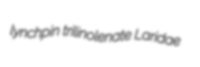
lynchpin trilinolenate Laridae